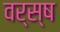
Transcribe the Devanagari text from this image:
वर्स्ष